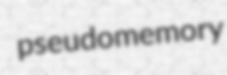
pseudomemory